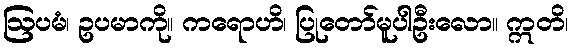
ဩပမံ၊ ဥပမာကို။ ကရောဟိ၊ ပြုတော်မူပါဦးလော။ ဣတိ၊